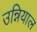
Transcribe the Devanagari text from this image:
उन्नियाल